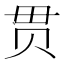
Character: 贯